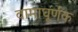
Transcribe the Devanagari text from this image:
वामाघूर्णक